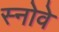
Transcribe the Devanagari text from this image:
स्नोवे